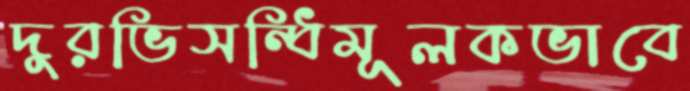
দুরভিসন্ধিমূলকভাবে